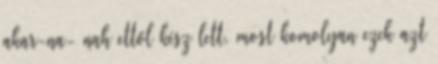
akar-na- nah ettől kész lett, most komolyan ezek azt